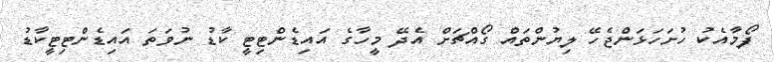
ފޯމާއެކު ހުށަހަޅަންޖެހޭ ލިޔުންތައް ގޯއްޗަށް އެދޭ މީހާގެ އައިޑެންޓިޓީ ކާޑު ނުވަތަ އައިޑެންޓިޓީކާޑު